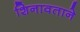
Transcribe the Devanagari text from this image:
शिनावताने